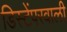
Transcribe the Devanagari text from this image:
डिस्टेंपरवाली